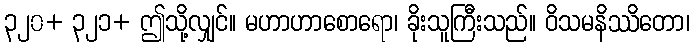
၃၂၀+ ၃၂၁+ ဤသို့လျှင်။ မဟာဟာစောရော၊ ခိုးသူကြီးသည်။ ဝိသမနိဿိတော၊